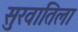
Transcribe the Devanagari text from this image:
सुरवातिला